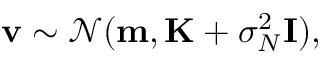
\mathbf { v } \sim \mathcal { N } ( { \mathbf { m } } , { \mathbf { K } } + \sigma _ { N } ^ { 2 } { \mathbf { I } } ) ,